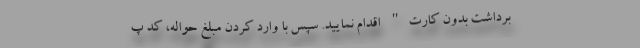
برداشت بدون کارت" اقدام نمایید. سپس با وارد کردن مبلغ حواله، کد پ